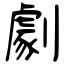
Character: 劇